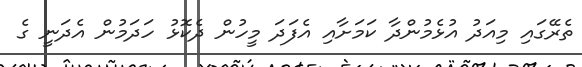
ތެރޭގައި މިއަދު އުޅެމުންދާ ކަމަށާއި އެފަދަ މީހުން ދެކޮޅު ހަދަމުން އެދަނީ ގެ